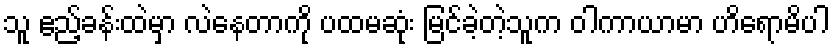
သူ ဧည့်ခန်းထဲမှာ လဲနေတာကို ပထမဆုံး မြင်ခဲ့တဲ့သူက ဝါကာယာမာ ဟိရောမိပါ